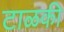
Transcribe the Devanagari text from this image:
टाळकी